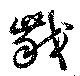
噛